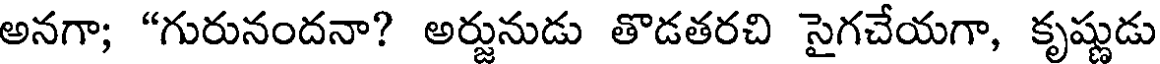
అనగా; "గురునందనా? అర్జునుడు తొడతరచి సైగచేయగా, కృష్ణుడు